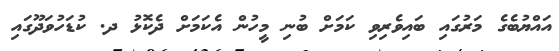
އައްޔުބެގެ މަރުގައި ބައިވެރިވި ކަމަށް ބުނި މީހުން އެކަމަށް ދެކޮޅު ދ. ކުޑަހުވަދޫގައި